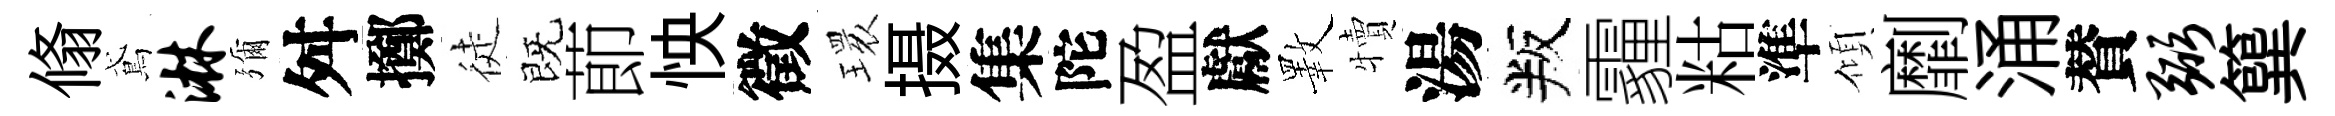
翛鳶淋彌舛擲徒既莭怏徵𤨔摄集陀盈獻斁犢湯叛霾䊀準傾劘涌賛弼簨